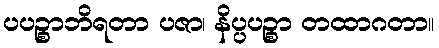
ပပဉ္စာဘိရတာ ပဇာ၊ နိပ္ပပဉ္စာ တထာဂတာ။